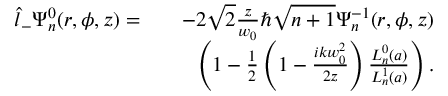
\begin{array} { r l r } { \hat { l } _ { - } \Psi _ { n } ^ { 0 } ( r , \phi , z ) = } & { } & { - 2 \sqrt { 2 } \frac { z } { w _ { 0 } } \hbar \sqrt { n + 1 } \Psi _ { n } ^ { - 1 } ( r , \phi , z ) } \\ & { } & { \left( 1 - \frac { 1 } { 2 } \left( 1 - \frac { i k w _ { 0 } ^ { 2 } } { 2 z } \right) \frac { L _ { n } ^ { 0 } ( a ) } { L _ { n } ^ { 1 } ( a ) } \right) . } \end{array}